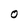
Character: O